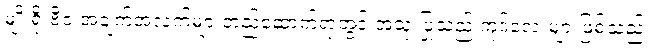
မျိုးရိုးဗီဇ အချက်အလက်များတည်ဆောက်ရာတွင် အသုံးပြုသည့် ကုဒ်လေးများဖြစ်သည်။